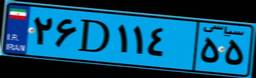
۷۱D۱۸۴۰۴